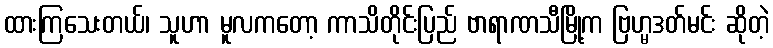
ထားကြသေးတယ်၊ သူဟာ မူလကတော့ ကာသိတိုင်းပြည် ဗာရာဏသီမြို့က ဗြဟ္မဒတ်မင်း ဆိုတဲ့